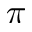
\pi